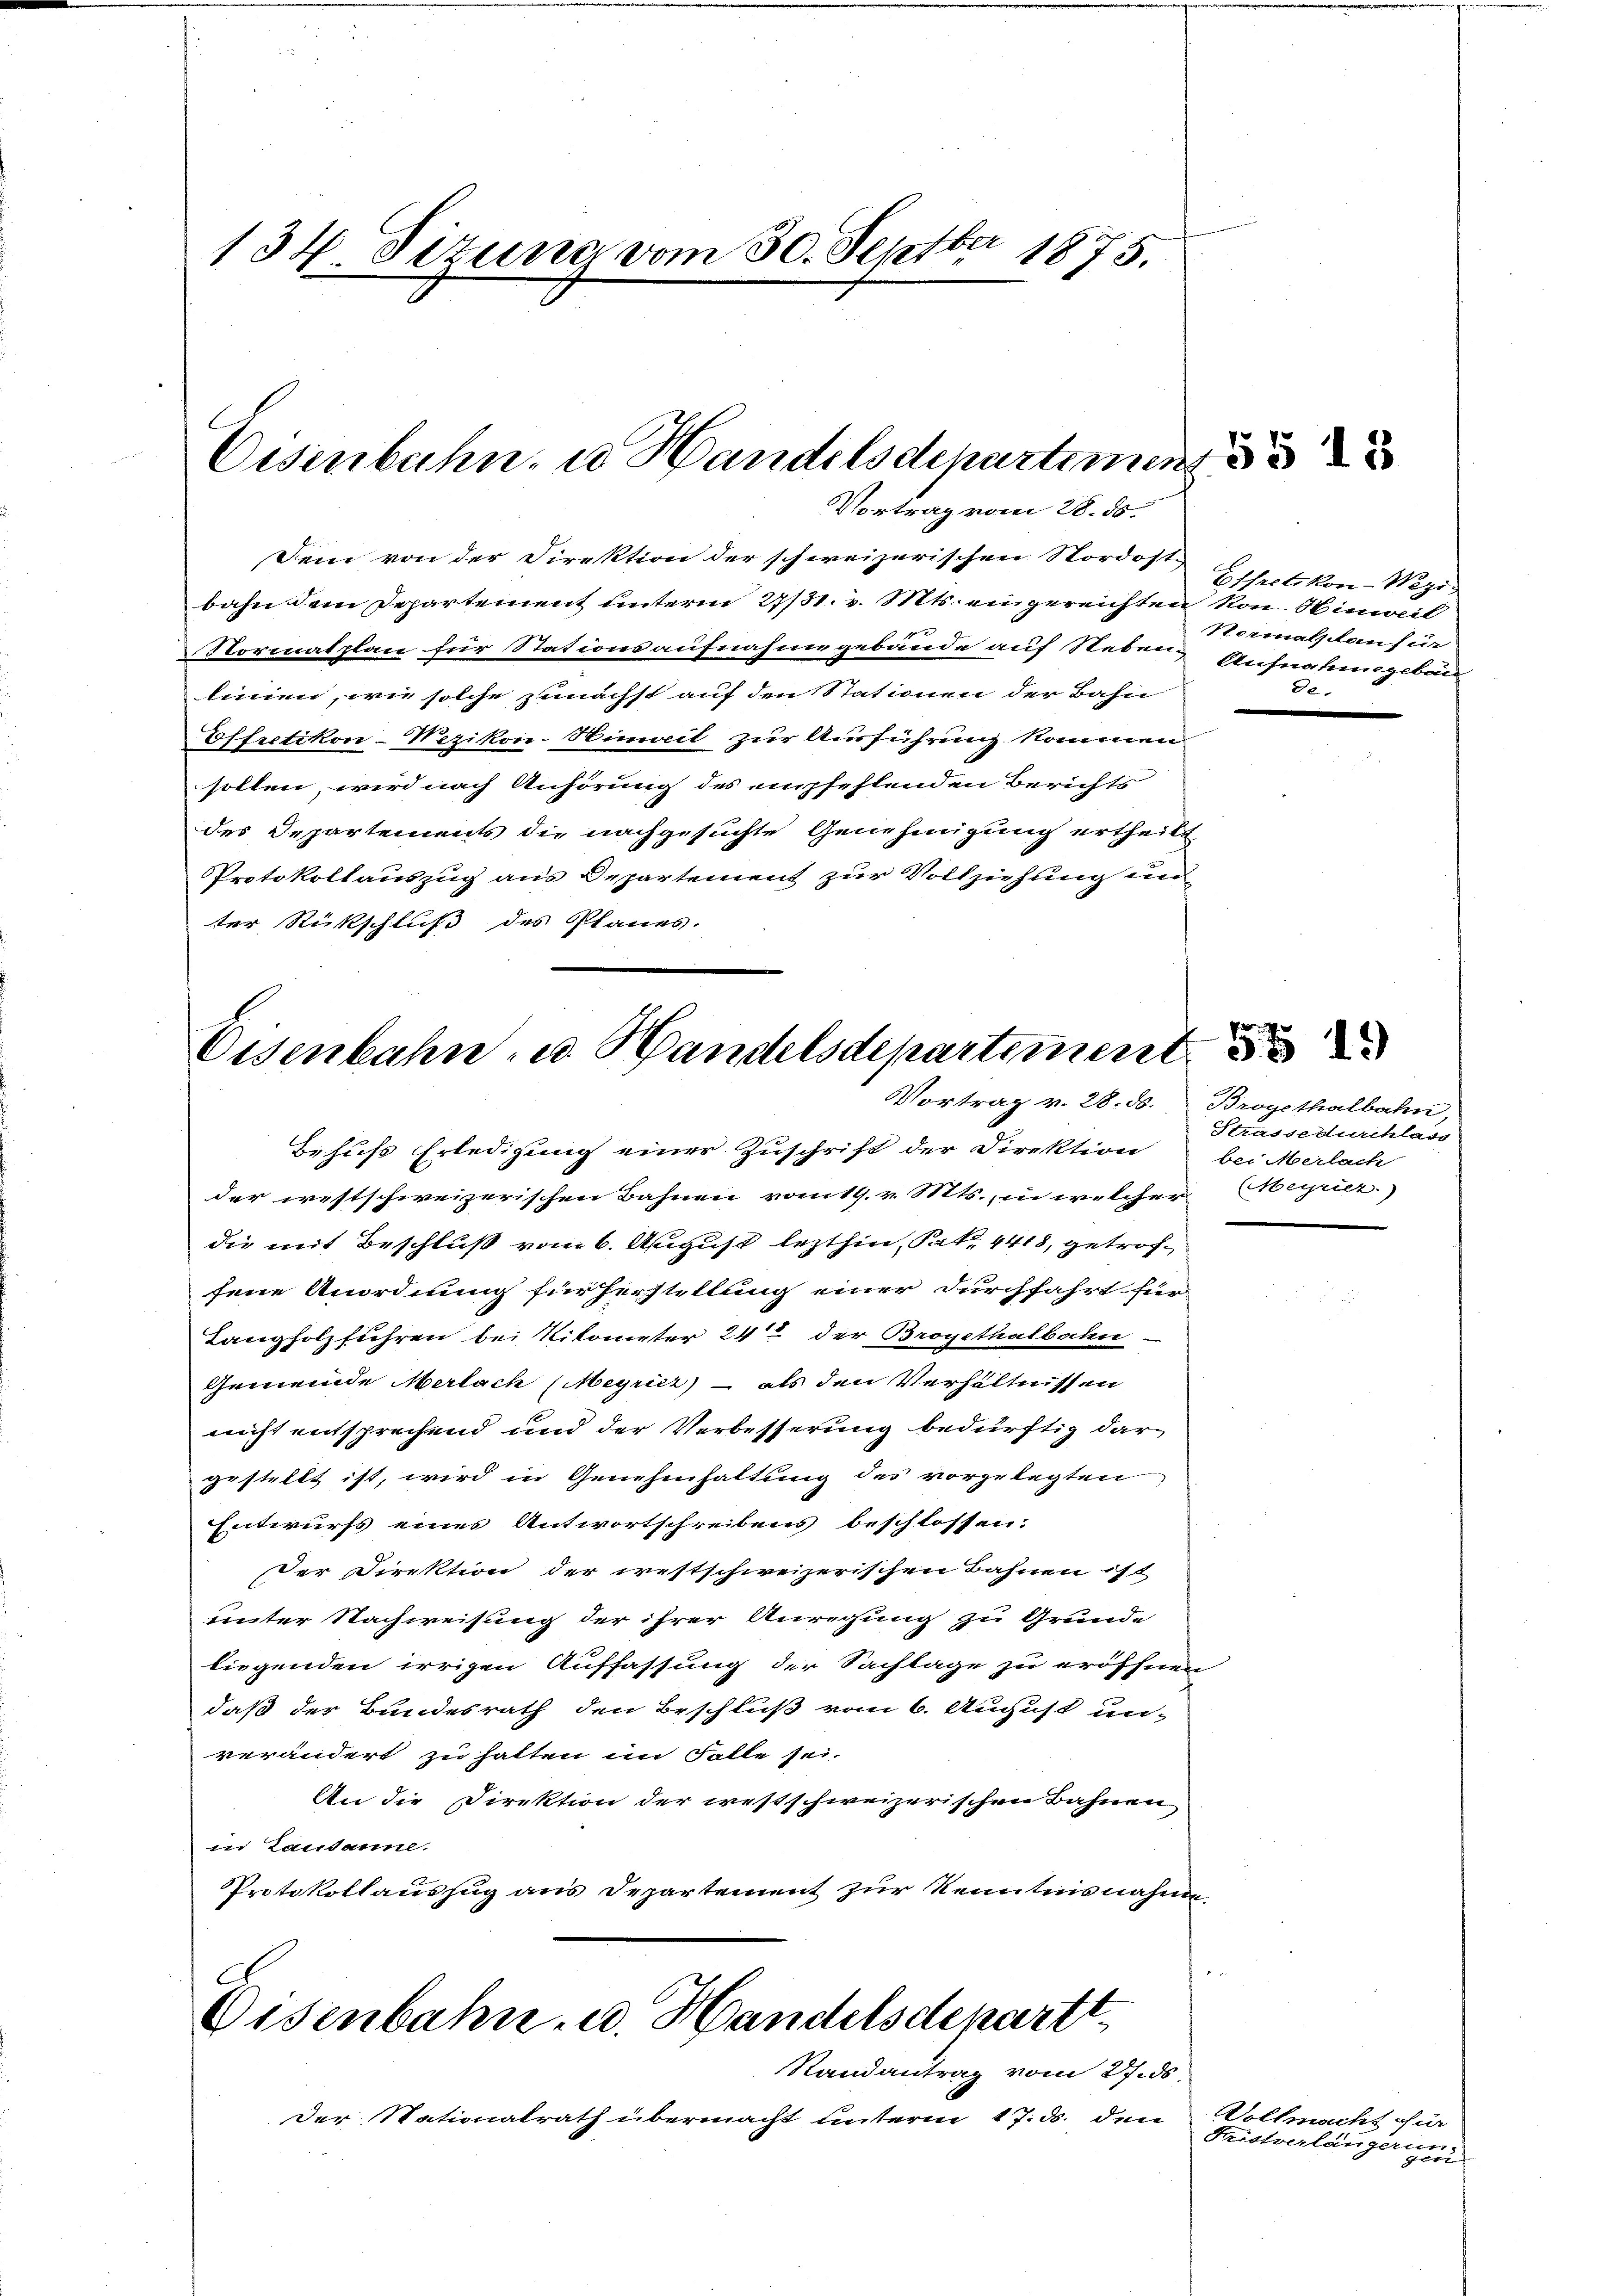
134 Tizuna vom 30. Septbr 1875.

Eisenbahn u Handelsdepartement.
Vortrag vom 28. ds.

Dein von der Direktion der schweizerischen Nordost-
bahn dem Departement unterm 27/31. v. Mts. eingereichten kon-Hinweil
Normatplan für Stationsaufnahme gebäude auf Neben & Ausnahmegeben
linien, wie solche zunächst auf den Stationen der Bahn
Effretikon-Nezikon-Hinweit zur Ausführung kommen.
sollen, wird nach Anhörung des empfehlenden Berichts
des Departements die nachgesuchte Genehmigung ertheilt
Protokollauszug aus Departement zur Vollziehung und
ter Rückschluß des Planes.

Eisenbahn- u. Handelsdepartement
Vortrag v. 28. 56.

Behufs Erledigung einer Zuschrift der Direktion bei Merlach
der westschweizerischen Bahnen vom 19. v. Mts., in welcher
die mit Beschluß vom 6. August lezthin, Part. 4418, getroffene Anordnung für Herstellung einer durchfahrt für
Langholzführen bei Kilometer 24 der Brogethalbahn-
Gemeinde Merlach (Meyrir) - als den Verhältnissen
nicht entsprechend und der Verbesserung bedürftig dargestellt ist, wird in Genehmhaltung des vorgelegten
Entwurfs eines Antwortschreibens beschlossen:
Der Direktion der westschweizerischen Bahnen ist
unter Nachweisung der ihrer Anregung zu Grunde
liegenden irrigen Auffassung der Sachlage zu eröffnen
daß der Bundesrath den Beschluß vom 6. August un-
verändert zu hatten im Falle sei.
An die Direktion der westschweizerischen Bahnen
ni Lausanne.
Protokollauszug aus Departement zur Kenntnisnahme

Eisenbahn- u. Handelsdepartt

Randantrag vom 27. ds.
Der Nationalrath übermacht unterm 17. ds. den

55 18

Effretikon-Wegr
Normalschan für
de.

38 19)

Brogethalbahn,
Strassedurchlage
(Meyriez.)

Vollmacht für
Fristverlängerun

gärt